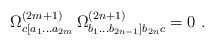
LaTeX: \begin{align*}\Omega^{(2m+1)}_{ c [a_1 \ldots a_{2m}} \,\Omega^{(2n+1)}_{ b_1 \ldots b_{2n-1} ] b_{2n} c} = 0 \ .\end{align*}